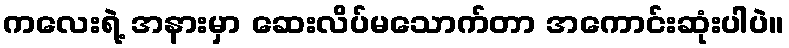
ကလေးရဲ့ အနားမှာ ဆေးလိပ်မသောက်တာ အကောင်းဆုံးပါပဲ။